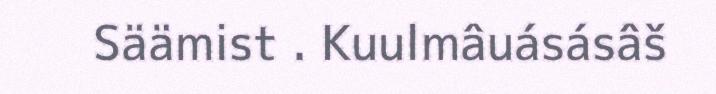
Säämist . Kuulmâuásásâš